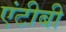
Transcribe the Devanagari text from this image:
एंटीबी